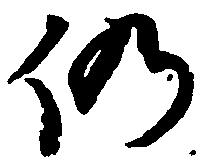
仍